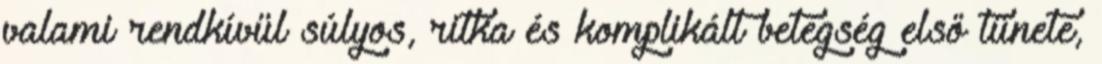
valami rendkívül súlyos, ritka és komplikált betegség első tünete,